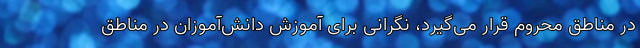
در مناطق محروم قرار می‌گیرد، نگرانی برای آموزش دانش‌آموزان در مناطق